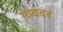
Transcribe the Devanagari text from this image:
गावदर